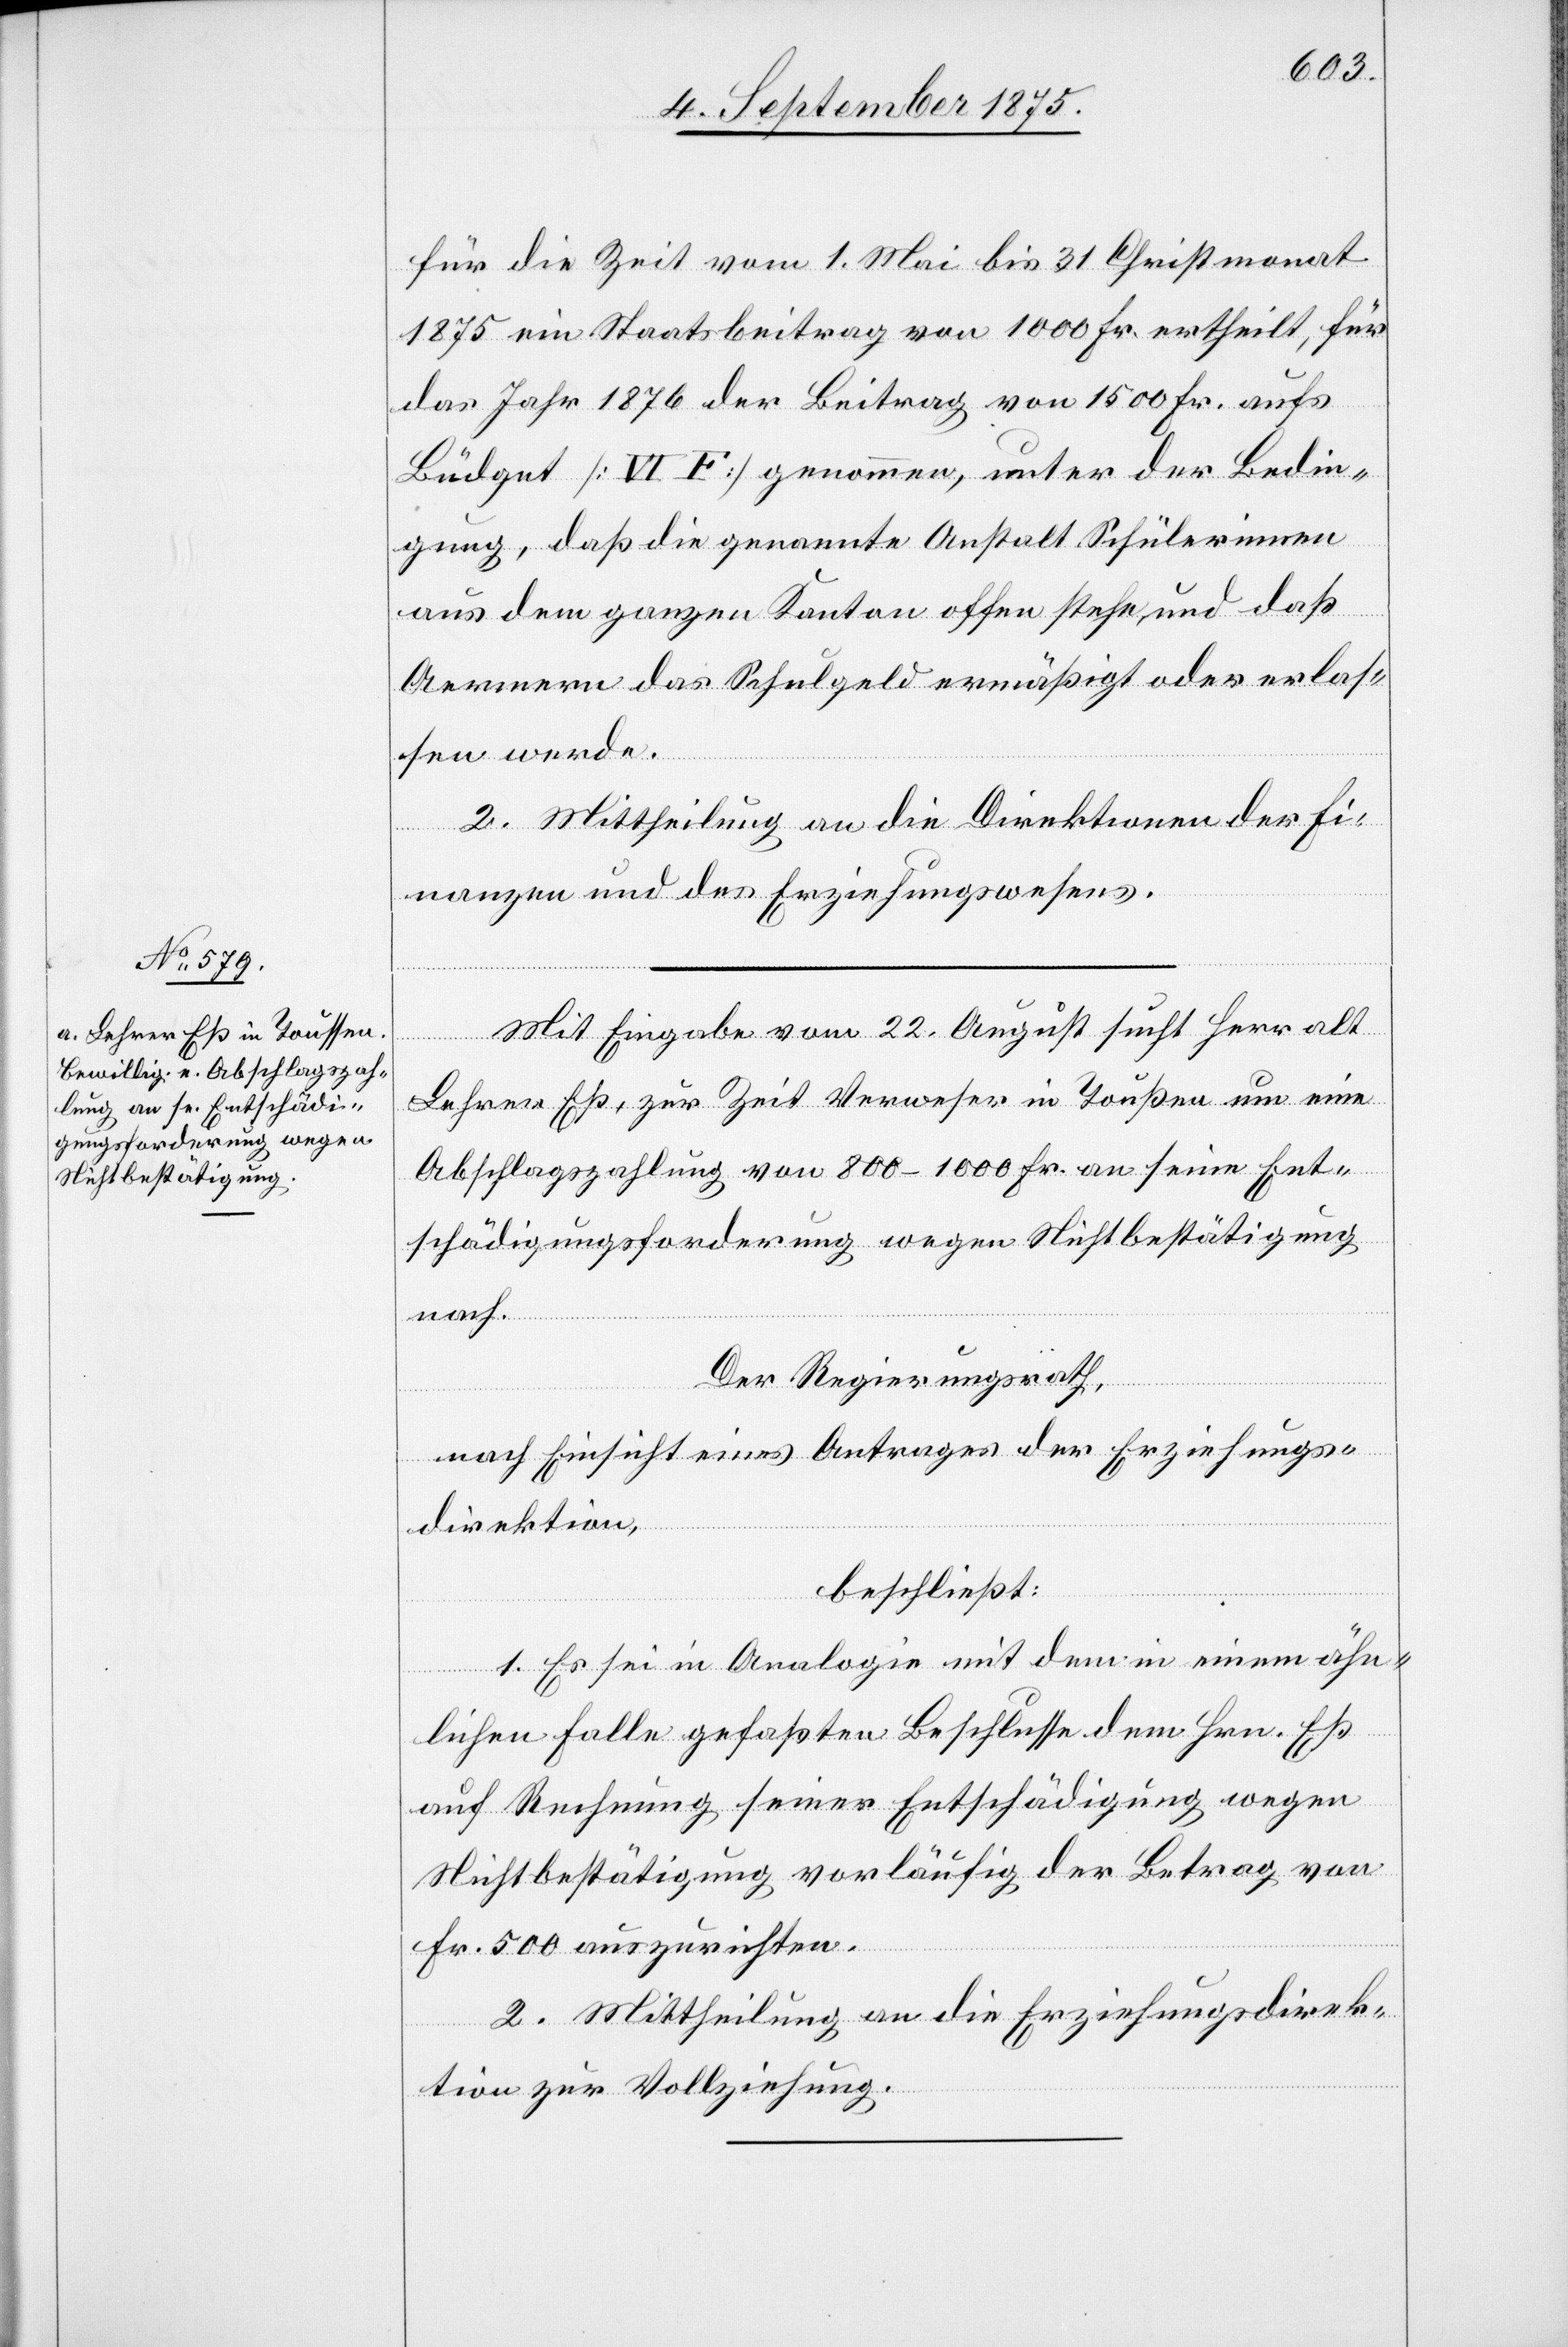
für die Zeit vom 1. Mai bis 31. Christmonat
1875 ein Staatsbeitrag von 1000 Fr. ertheilt, für
das Jahr 1876 der Beitrag von 1500 Fr. auf
Büdget [VI F] genommen, unter der Bedin¬
gung, daß die genannte Anstalt Schülerinnen
aus dem ganzen Kanton offen stehe und daß
Aermere das Schulgeld ermäßigt oder erlas¬
sen werde.
2. Mittheilung an die Direktionen der Fi¬
nanzen und des Erziehungswesens.
Mit Eingabe vom 22. August sucht Herr alt
Lehrer Eß, zur Zeit Verweser in Toußen um eine
Abschlagszahlung von 800–1000 Fr. an seine Ent¬
schädigungsforderung wegen Nichtbestätigung
nach.
Der Regierungsrath,
nach Einsicht eines Antrages der Erziehungs¬
direktion,
beschließt:
1. Es sei in Analogie mit dem in einem ähn¬
lichen Falle gefaßten Beschlusse dem Hrn. Eß
auf Rechnung seiner Entschädigung wegen
Nichtbestätigung vorläufig der Betrag von
Fr. 500 auszurichten.
2. Mittheilung an die Erziehungsdirek¬
tion zur Vollziehung.